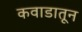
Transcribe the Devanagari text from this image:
कवाडातून